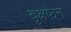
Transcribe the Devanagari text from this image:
वृक्षफेन